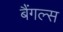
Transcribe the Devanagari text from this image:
बैंगल्स